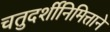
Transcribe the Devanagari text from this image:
चतुदर्शीनिमित्ताने